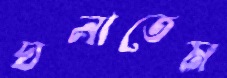
ঘনাতেম